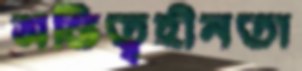
অস্তিত্বহীনতা